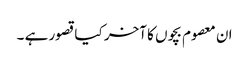
ان معصوم بچوں کا آخر کیا قصور ہے ۔